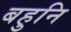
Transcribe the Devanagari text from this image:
बहुनि